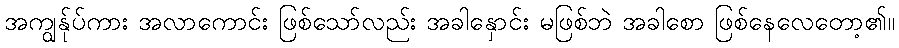
အကျွန်ုပ်ကား အလာကောင်း ဖြစ်သော်လည်း အခါနှောင်း မဖြစ်ဘဲ အခါစော ဖြစ်နေလေတော့၏။